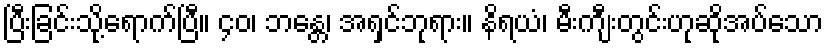
ပြီးခြင်းသို့ရောက်ပြီ။ ၄၀၊ ဘန္တေ၊ အရှင်ဘုရား။ နိရယံ၊ မီးကျီးတွင်းဟုဆိုအပ်သော